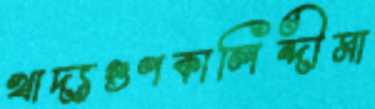
খাদ্যগুণকালিন্দীমা